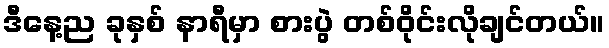
ဒီနေ့ည ခုနှစ် နာရီမှာ စားပွဲ တစ်ဝိုင်းလိုချင်တယ်။